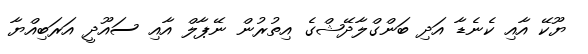
ޔޫކޭ އާއި ކެނެޑާ އަދި ބަންގްލާދޭޝްގެ އިތުރުން ނޭޕާލް އާއި ސައޫދީ އަރަބިއްޔާ